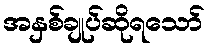
အနှစ်ချုပ်ဆိုရသော်